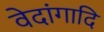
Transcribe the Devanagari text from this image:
वेदांगादि